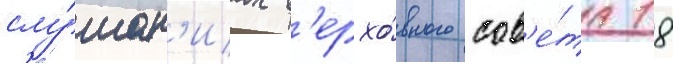
слу́шан'иах в'ерхо́вного сов'е́та 18